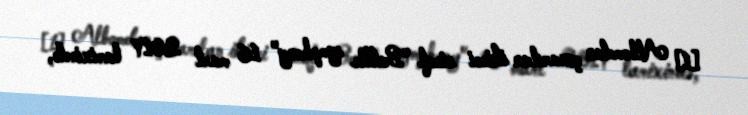
[1] Albomdan çıxarılan ikinci sinql "Battle symphony" 16 mart 2017 tarixində,